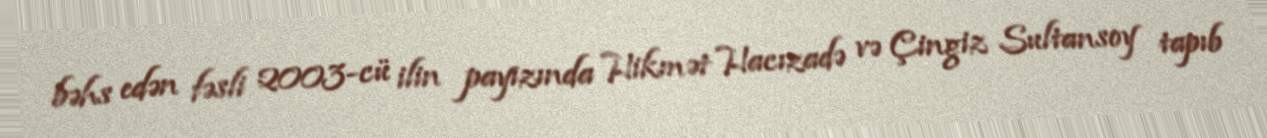
bəhs edən fəsli 2003-cü ilin payızında Hikmət Hacızadə və Çingiz Sultansoy tapıb